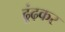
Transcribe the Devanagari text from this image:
ढूंढ़कर